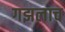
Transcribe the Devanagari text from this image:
गझलाच